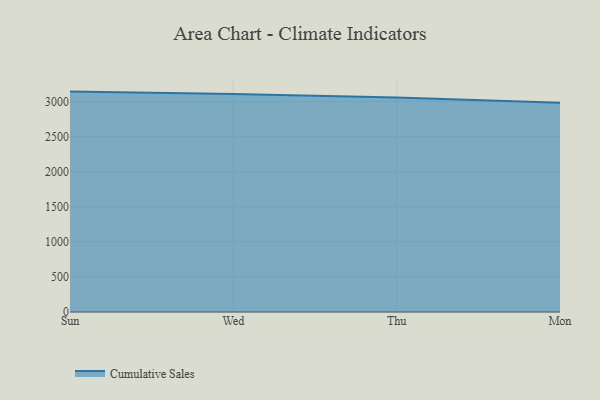
{"axis": {"x": "Day", "y": "Page Views"}, "legend": ["Cumulative Sales"], "data": [{"x": "Sun", "y": 3142.5, "type": "Cumulative Sales"}, {"x": "Wed", "y": 3107.8, "type": "Cumulative Sales"}, {"x": "Thu", "y": 3059.6, "type": "Cumulative Sales"}, {"x": "Mon", "y": 2984.0, "type": "Cumulative Sales"}]}